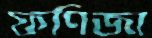
ফণিজা